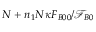
N + n _ { 1 } N \kappa F _ { B 0 0 } / \mathcal { F } _ { B 0 }